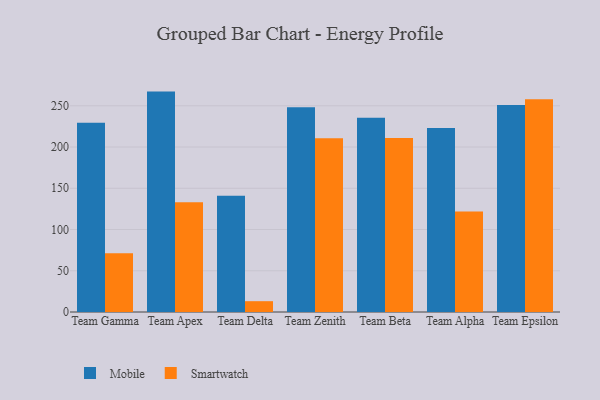
{"axis": {"x": "Team", "y": "Customer Acquisition Cost (USD)"}, "legend": ["Mobile", "Smartwatch"], "data": [{"x": "Team Gamma", "y": 229.5, "type": "Mobile"}, {"x": "Team Gamma", "y": 71.3, "type": "Smartwatch"}, {"x": "Team Apex", "y": 267.2, "type": "Mobile"}, {"x": "Team Apex", "y": 133.2, "type": "Smartwatch"}, {"x": "Team Delta", "y": 141.0, "type": "Mobile"}, {"x": "Team Delta", "y": 13.1, "type": "Smartwatch"}, {"x": "Team Zenith", "y": 248.3, "type": "Mobile"}, {"x": "Team Zenith", "y": 210.7, "type": "Smartwatch"}, {"x": "Team Beta", "y": 235.4, "type": "Mobile"}, {"x": "Team Beta", "y": 210.9, "type": "Smartwatch"}, {"x": "Team Alpha", "y": 223.1, "type": "Mobile"}, {"x": "Team Alpha", "y": 121.7, "type": "Smartwatch"}, {"x": "Team Epsilon", "y": 251.0, "type": "Mobile"}, {"x": "Team Epsilon", "y": 258.0, "type": "Smartwatch"}]}